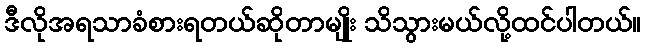
ဒီလိုအရသာခံစားရတယ်ဆိုတာမျိုး သိသွားမယ်လို့ထင်ပါတယ်။